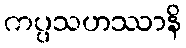
ကပ္ပသဟဿာနိ